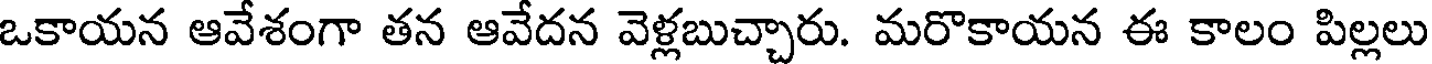
ఒకాయన ఆవేశంగా తన ఆవేదన వెళ్లబుచ్చారు. మరొకాయన ఈ కాలం పిల్లలు